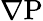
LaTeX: \mathrm{\nabla{P}}